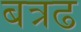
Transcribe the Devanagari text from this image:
बत्रढ